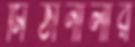
মিঠানালার